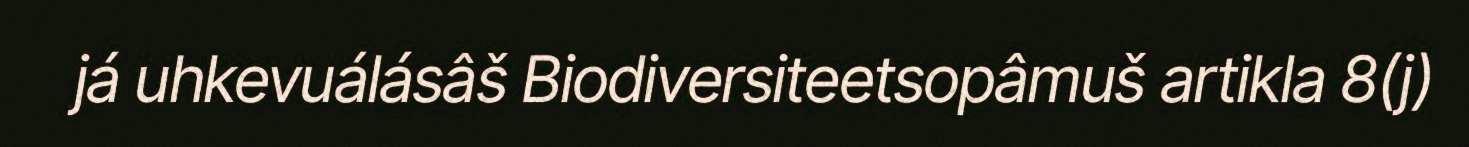
já uhkevuálásâš Biodiversiteetsopâmuš artikla 8(j)